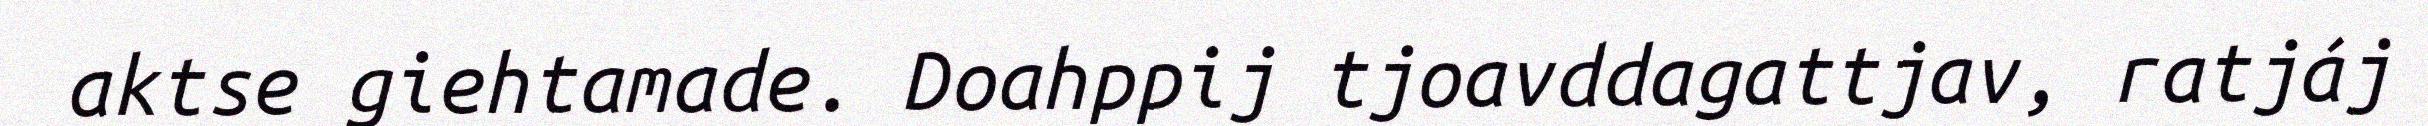
aktse giehtamade. Doahppij tjoavddagattjav, ratjáj